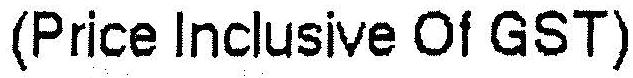
(PRICE INCLUSIVE OF GST)